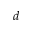
d